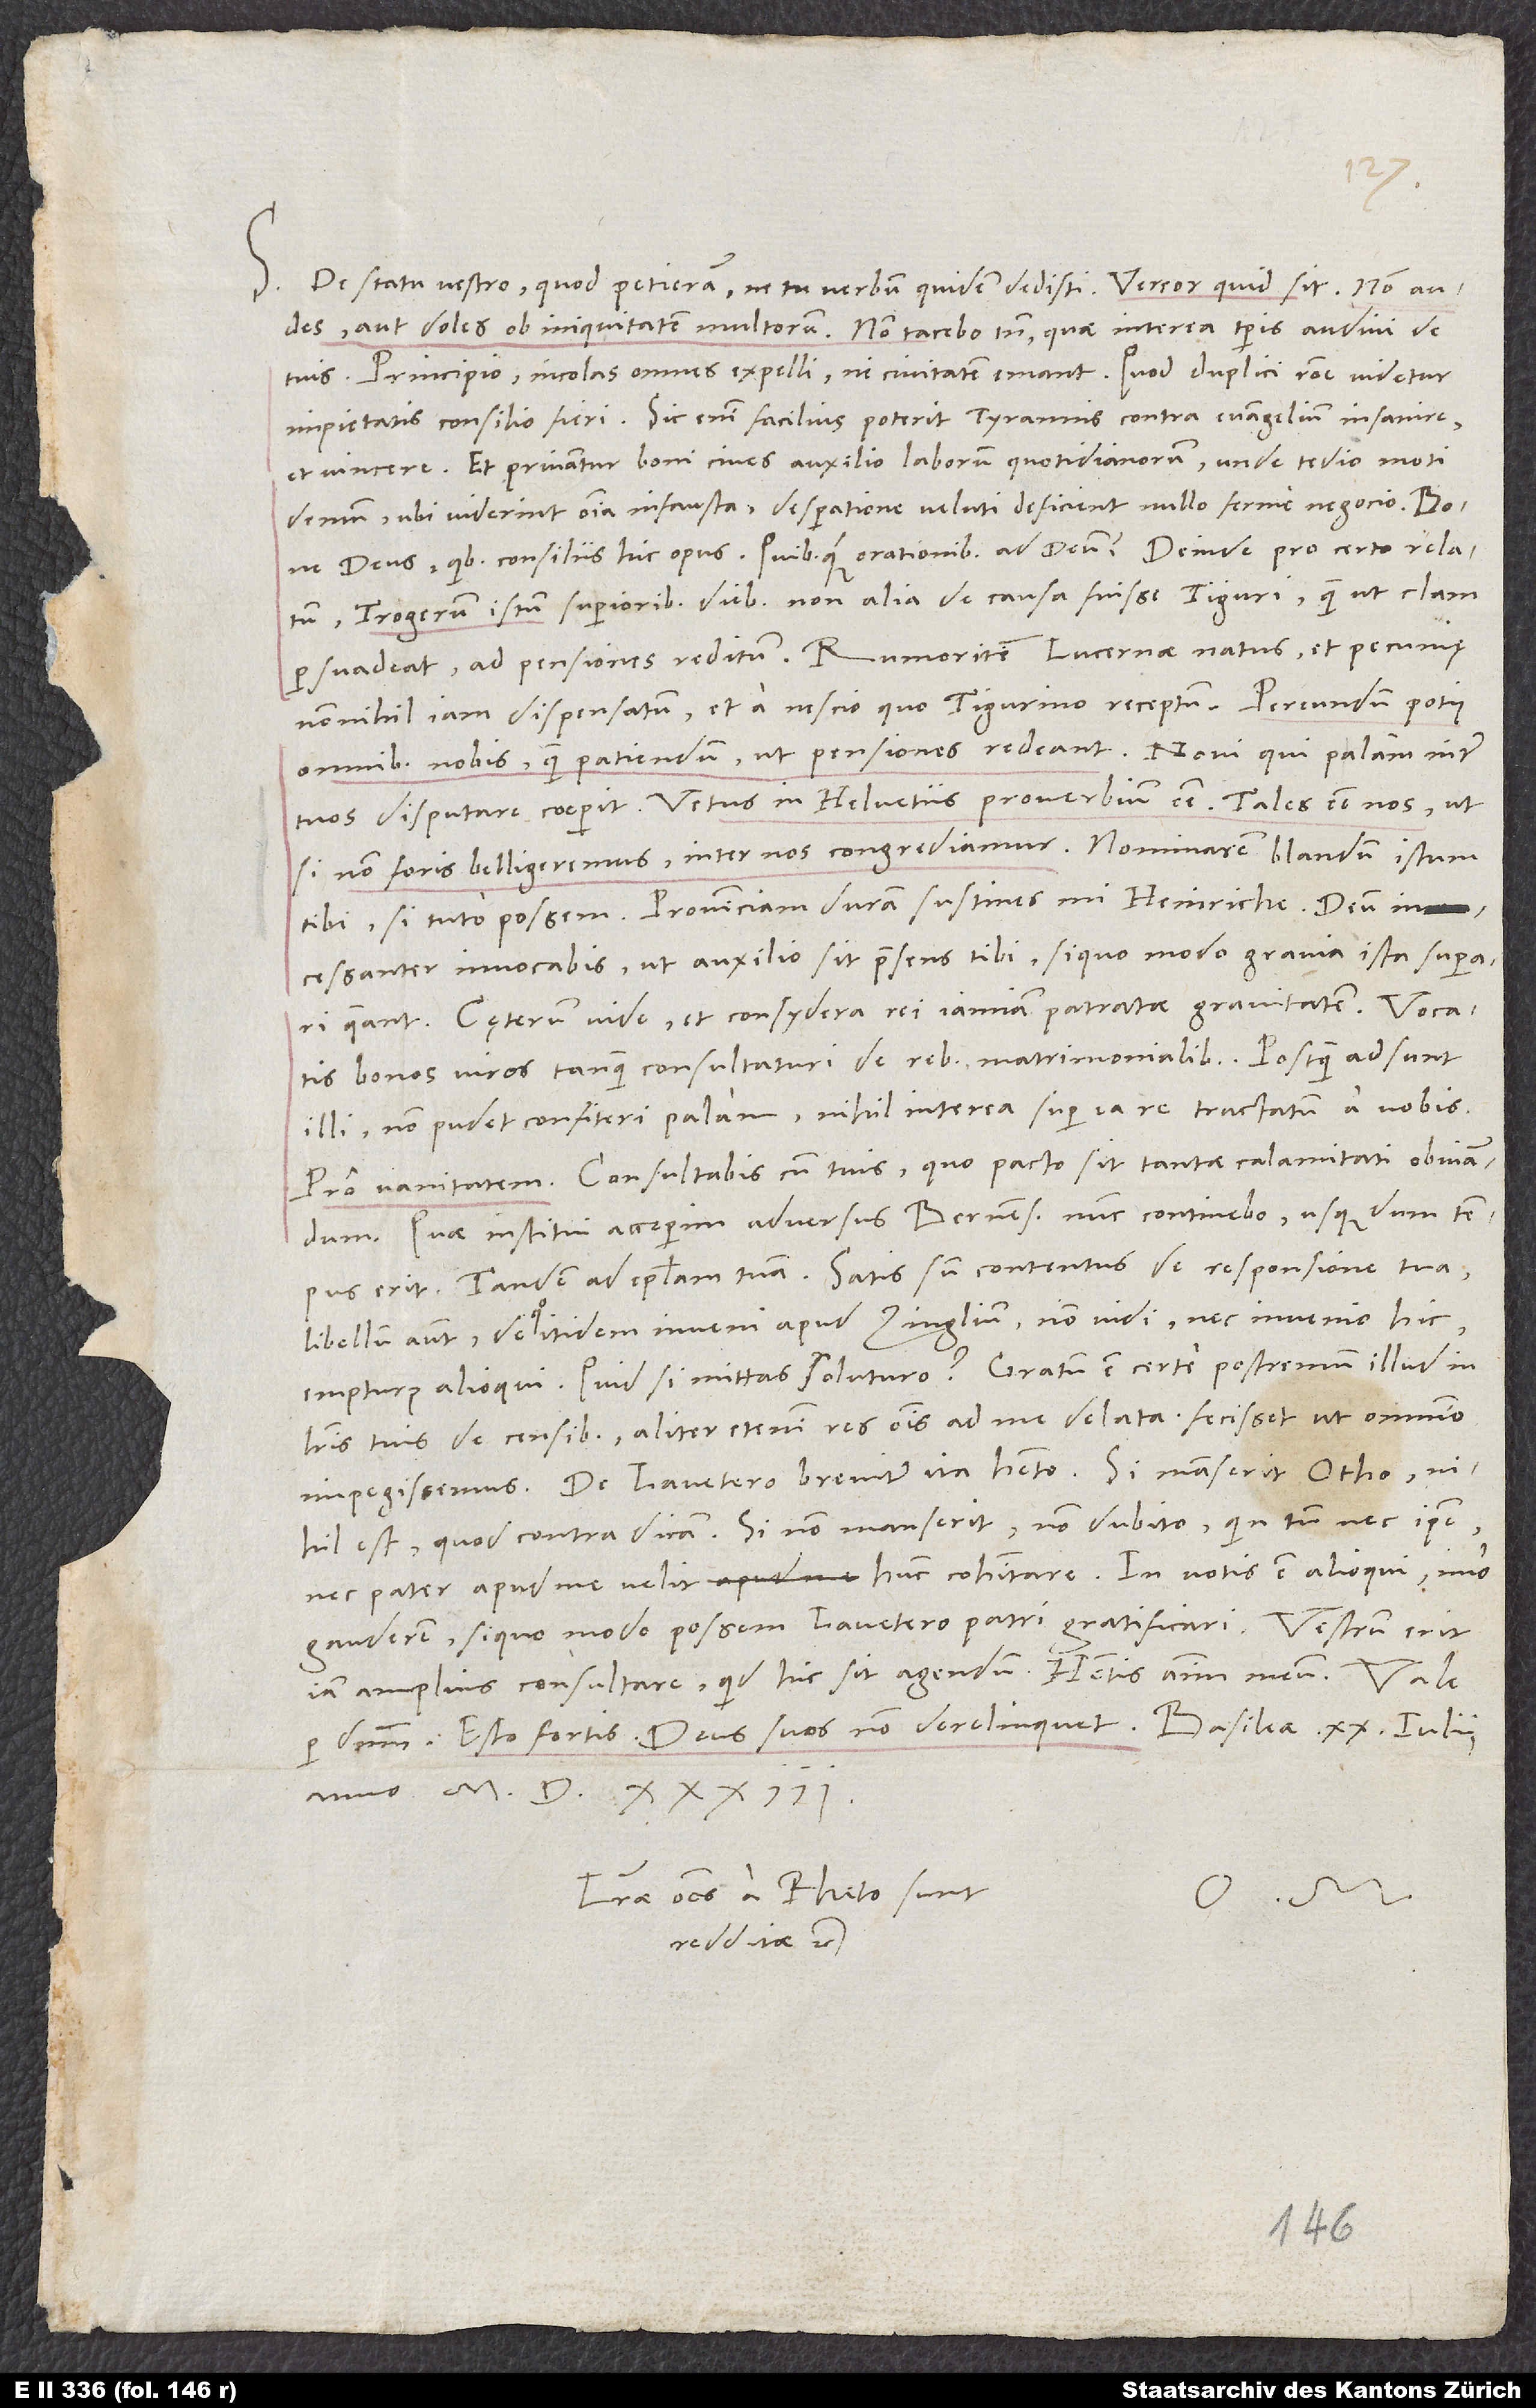
S. De statu vestro, quod petieram, ne tu verbum quidem dedisti. Vereor, quid sit. Non audes
aut doles ob iniquitatem multorum. Non tacebo tamen quae interea temporis audivi de
Principio: Incolas omnes expelli, ni civitatem emant. Quod duplici ratione videtur
impietatis consilio fieri. Sic enim facilius poterit tyrannis contra evangelium insanire
et vincere. Et privantur boni cives auxilio laborum quotidianorum, unde tedio moti
demum, ubi viderint omnia infausta, desperatione veluti deficient nullo ferme negocio. Bone
Trogerum istum superioribus diebus non alia de causa fuisse Tiguri, quam ut clam
persuadeat ad pensiones reditum. Rumor item Lucernae natus et pecunię
nonnihil iam dispensatum et a nescio quo Tigurino receptum. Pereundum potius
omnibus nobis, quam patiendum, ut pensiones redeant. Novi, qui palam inter
tuos disputare coeperit vetus in Helvetiis proverbium esse tales esse nos, ut
si non foris belligeremus, inter nos congrediamur. Nominarem blandum istum
tibi, si tuto possem. Provinciam duram sustines, mi Heinriche. Deum
incessanter invocabis, ut auxilio sit praesens tibi, si quo modo gravia ista superari
queant. Cęterum vide et consydera rei iamiam patratae gravitatem. Vocatis
bonos viros tanquam consultaturi de rebus matrimonialibus. Postquam adsunt
illi, non pudet confiteri palam. Nihil interea super ea re tractatum a vobis.
Pro vanitatem! Consultabis cum tuis, quo pacto sit tantae calamitati obviandum.
Quae institui, acceperim adversus Bernenses. Nunc continebo, usque dum tempus
Tandem ad epistolam tuam. Satis sum contentus de responsione tua,
libellum autem, de quo itidem inveni apud Zuinglium, non vidi nec invenio hic
literis tuis de censibus. Aliter etenim res omnis ad me delata. Fecisset, ut omnino
nihil est, quod contra dicam. Si non manserit, non dubito, quin tum nec ipse
nec pater apud me velit hunc cohabitare. In votis est alioqui, imo
gauderem, si quomodo possem Lavetero patri gratificari. Vestrum erit
iam amplius consultare, quid hic sit agendum. Habetis animum meum.
anno 1533.
Literae omnes a Rheto sunt
O. M.
redditae etc.